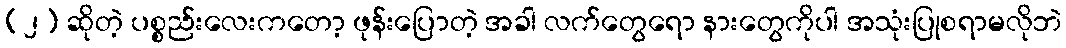
(၂) ဆိုတဲ့ ပစ္စည်းလေးကတော့ ဖုန်းပြောတဲ့ အခါ လက်တွေရော နားတွေကိုပါ အသုံးပြုစရာမလိုဘဲ